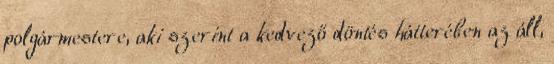
polgármestere, aki szerint a kedvező döntés hátterében az áll,